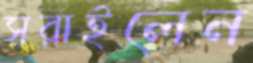
সরাইলেন